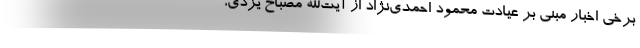
برخی اخبار مبنی بر عیادت محمود احمدی‌نژاد از آیت‌الله مصباح یزدی،